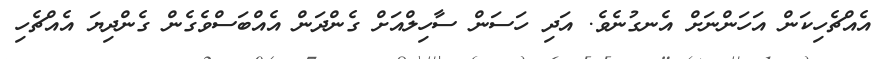
އެއްޗެހިކަން އަހަންނަށް އެނގުނެވެ. އަދި ހަސަން ސާހިލްއަށް ގެންދަން އެއްބަސްވެގެން ގެންދިޔަ އެއްޗެހި